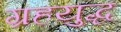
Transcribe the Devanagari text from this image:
ग्रहयुद्ध